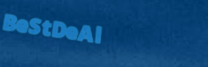
BeStDeAl